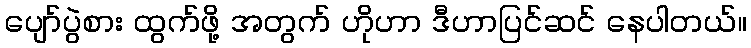
ပျော်ပွဲစား ထွက်ဖို့ အတွက် ဟိုဟာ ဒီဟာပြင်ဆင် နေပါတယ်။